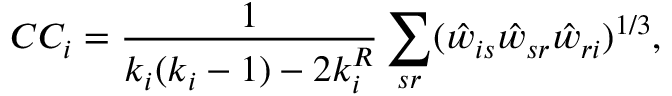
C C _ { i } = \frac { 1 } { k _ { i } ( k _ { i } - 1 ) - 2 k _ { i } ^ { R } } \sum _ { s r } ( \hat { w } _ { i s } \hat { w } _ { s r } \hat { w } _ { r i } ) ^ { 1 / 3 } ,